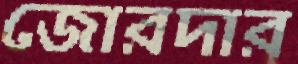
জোরদার